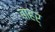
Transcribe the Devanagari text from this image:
बाहर्